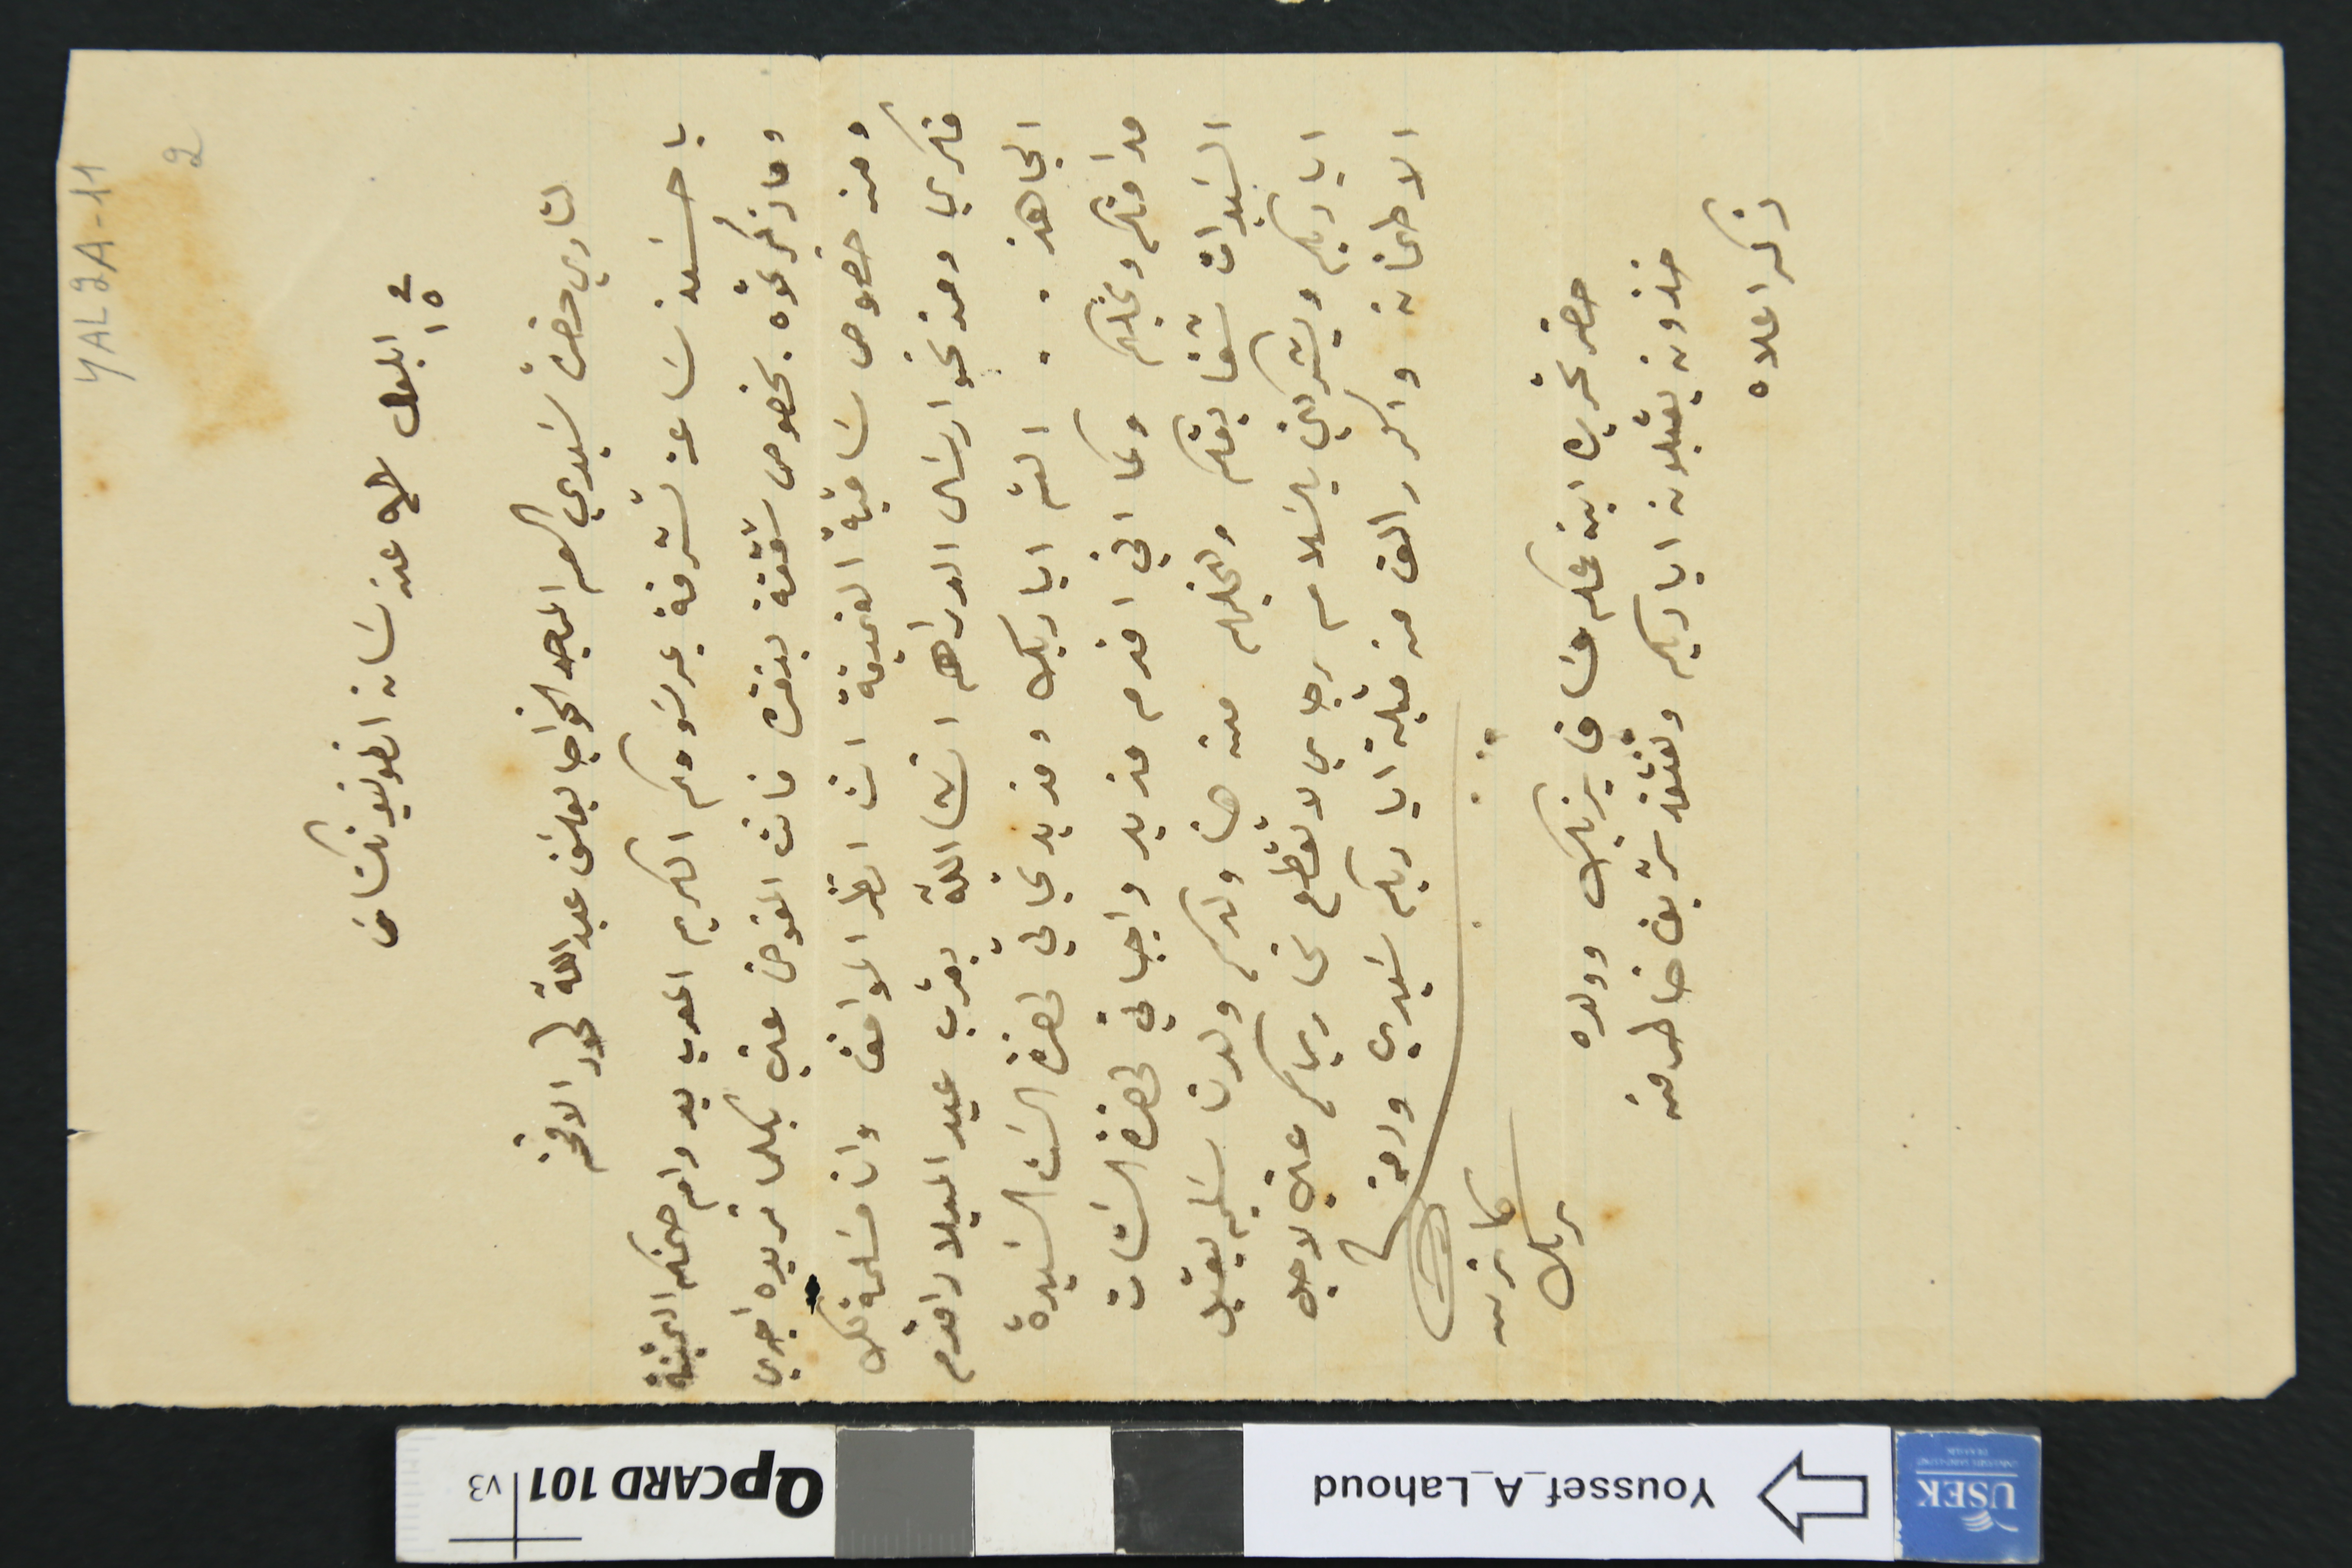
YAL2A-11 2
في ١٥ ايلول /٩٨  عن سان انطونيو تكسَاسَ
لتاري حضرة سَيدي العم الماجد الخواجا يوسَف عبدالله لحود الافخم
يا حسَن سَاعة تشرفة بمرسَومكم الكريم المعرب بدوام صحتكم الثمينة
وما ذكرتموه بخصوص شقفة بنقره فانت المفوض عني بكلما تريده اجري
ومن خصوص ساقية الغميقة انت انظر الموافق وانا مسَلمة بك
فكري ومند نحو ارسًال الدراهم انشالله بقرب عيد الميلاد اقدم
الجاهز.. الثم اياديك ومزيد تحياتي لحضرة السَت السَيدة
مدامتكم ونجلكم وكما اني اقدم مزيد واجباتي لحضرة السَتات
السَيدات شقايقكم ولنجليهم من هنا ولدكم ولدنا سَليم يقبل
اياديكم ويشركني بالسلام رجاي لا تقطع تحاريركم عني لاجل
الاطمنان واكرر الف قبلة اياديكم سَيدي ودمتم
كاترين يزبك
حضر تحريره ابنه عمكم عسَاف يزبك وولده
خزون يقبلون اياديكم وتفتقد شريف خاطر من
ذكر اعلاه